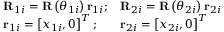
\begin{array} { r } { \begin{array} { l l l } { \mathbf { R } _ { 1 i } = \mathbf { R } \left( \theta _ { 1 i } \right) \mathbf { r } _ { 1 i } ; } & { \mathbf { R } _ { 2 i } = \mathbf { R } \left( \theta _ { 2 i } \right) \mathbf { r } _ { 2 i } } \\ { \mathbf { r } _ { 1 i } = \left[ x _ { 1 i } , 0 \right] ^ { T } ; } & { \mathbf { r } _ { 2 i } = \left[ x _ { 2 i } , 0 \right] ^ { T } } \end{array} } \end{array}